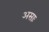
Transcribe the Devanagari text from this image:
असाः